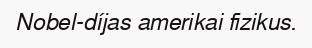
Nobel-díjas amerikai fizikus.